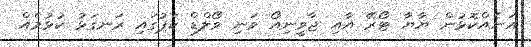
އަނެއްކޮޅުން ޔާޔާ ޓޯރޭ އާއި ޖާވީނިއޯ ވަނި ވޯލްޑް ކަޕުގައި ރަނގަޅު ކުޅުމެއް